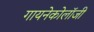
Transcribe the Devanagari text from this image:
गायनेकोलॉजी